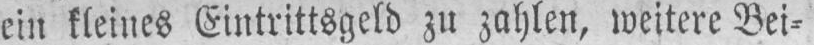
ein kleines Eintrittsgeld zu zahlen, weitere Bei⸗